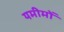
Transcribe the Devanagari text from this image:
यमीमों